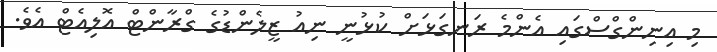
މި އިނިންގްސްގައި އެންމެ ރަނގަޅަށް ކުޅުނީ ނިއު ޒީލެންޑުގެ ގްރާންޓް އޮލިއެޓް އެވެ.